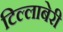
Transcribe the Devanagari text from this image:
टिल्लाबेरी